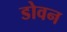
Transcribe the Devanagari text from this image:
डोवन